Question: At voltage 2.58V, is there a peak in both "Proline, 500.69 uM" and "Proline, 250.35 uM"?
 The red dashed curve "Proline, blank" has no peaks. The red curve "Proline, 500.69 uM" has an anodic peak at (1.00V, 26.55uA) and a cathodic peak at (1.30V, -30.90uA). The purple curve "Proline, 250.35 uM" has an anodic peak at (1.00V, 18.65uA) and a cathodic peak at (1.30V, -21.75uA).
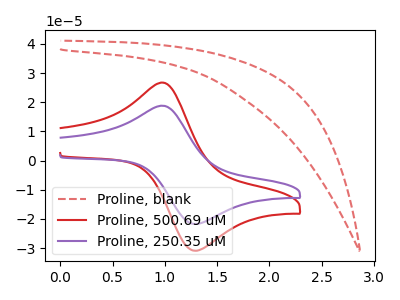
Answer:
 <answer>No, "Proline, 500.69 uM" and "Proline, 250.35 uM" dont share a peak at 2.58V.</answer>
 <eval>mismatch</eval>